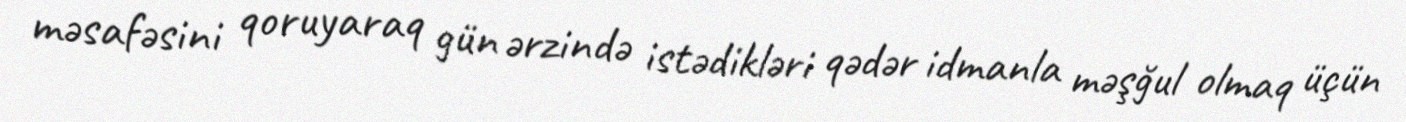
məsafəsini qoruyaraq gün ərzində istədikləri qədər idmanla məşğul olmaq üçün